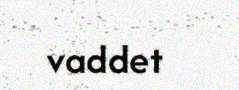
vaddet